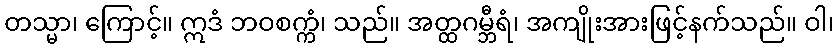
တသ္မာ၊ ကြောင့်။ ဣဒံ ဘဝစက္ကံ၊ သည်။ အတ္ထဂမ္ဘီရံ၊ အကျိုးအားဖြင့်နက်သည်။ ဝါ၊